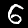
Digit: 6